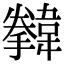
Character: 𩏗